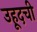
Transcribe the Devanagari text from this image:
उहूदची